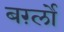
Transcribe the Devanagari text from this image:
बर्ग़्लो